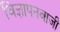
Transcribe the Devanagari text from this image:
विज्ञापनबाजी